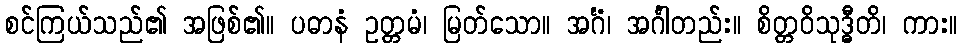
စင်ကြယ်သည်၏ အဖြစ်၏။ ပဓာနံ ဥတ္တမံ၊ မြတ်သော။ အင်္ဂံ၊ အင်္ဂါတည်း။ စိတ္တဝိသုဒ္ဓီတိ၊ ကား။